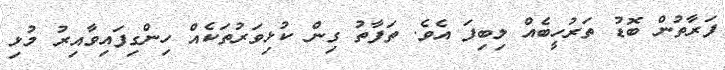
ފަރާތުން ބޮޑު ތަރުހީބެއް ލިބިފަ އެވެ. ތަފާތު ގިން ކުޅިވަރުތަކެއް ހިންގިފައިވާއިރު މުޅި